Medical and sanitary report on the native army of Bombay for the year
Year: 1878
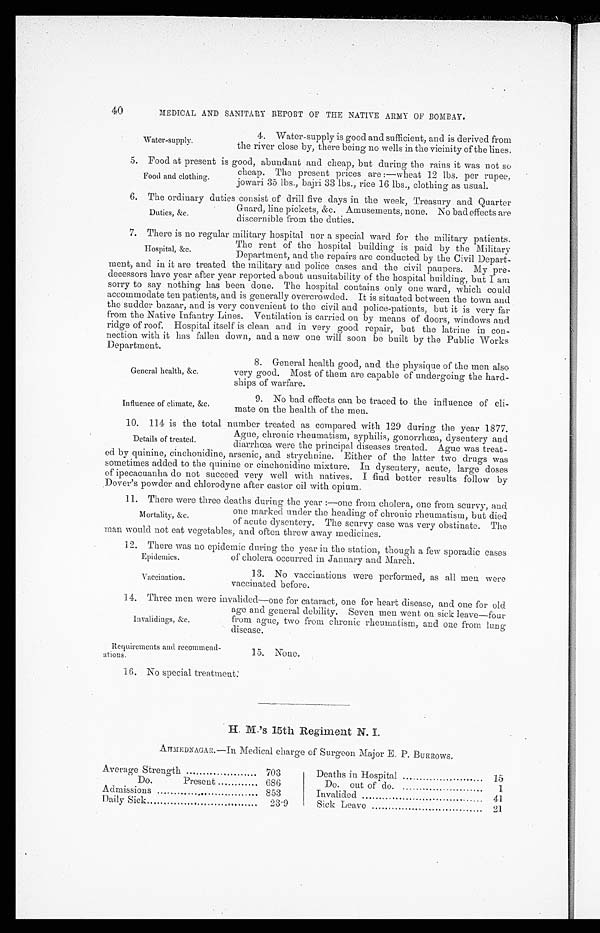
Epidemics.
Vaccination.
40
MEDICAL AND SANITARY REPORT OF THE NATIVE ARMY OF BOMBAY.
Water-supply.
4. Water-supply is good and sufficient, and is derived from
the river close by, there being no wells in the vicinity of the lines.
Food at -present is good, abundant and cheap, but during the rains it was not so
Food and clothing.
cheap. The present prices are:—wheat 12 lbs. per rupee,
iowari 35 lbs., bairi 33 lbs., rice 16 lbs., clothing as usual.
6. the ordinary duties consist of drill five days in the week, Treasury and Quarter
Duties, &c.
Guard, line pickets, &c. Amusements, none. No bad effects are
discernible from the duties.
7. There is no regular military hospital nor a special ward for the military patients.
The rent of the hospital building is paid by the Military
Department, and the repairs are conducted by the Civil Depart-
ment, and in it are treated the military and police cases and the civil paupers. My pre--
decessors have year after year reported about unsuitability of the hospital building, but I am
sorry to say nothing has been done. The hospital contains only one ward, Which could
accommodate ten patients, and is generally overcrowded. It is situated between the town and
the sudder bazaar, and is very convenient to the civil and police-patients, but it is very far
from the Native Infantry Lines. Ventilation is carried on by means of doors, windows and
ridge of roof. Hospital itself is clean and in very good repair, but the latrine in con-
nection with it has fallen down, and a new one will soon be built by the Public Works
Department.
Hospital, &c.
General health, &c.
Influence of climate, &c,
8. General health good, and the physique of the men also
very good. Most of them are capable of undergoing the hard-
ships of warfare.
9. No bad effects can be traced to the influence of cli-
mate on the health of the men.
10. 114 is the total number treated as compared with 129 during the year 1877.
Details of treated.
Ague, chronic rheumatism, syphilis, gonorrhœa, dysentery and
diarrhœa were the principal diseases treated. Ague was treat-
ed by quinine, cinchonidine, arsenic, and strychnine. Either of the latter two drugs was
sometimes added to the quinine or cinchonidine mixture. In dysentery, acute, large doses
of ipecacuanha do not succeed very well with natives. I find better results follow by
Dover’s powder and chlorodyne after castor oil with opium.
11. There were three deaths during the year:—one from cholera, one from scurvy, and
Mortality, &c.
one marked under the heading of chronic rheumatism, but died
of acute dysentery. The scurvy case was very obstinate. The
man would not eat vegetables, and often threw away medicines.
12. There was no epidemic during the year in the station, though a few sporadic cases
of cholera occurred in January and March.
13. No vaccinations were performed, as all men were
vaccinated before.
14. Three men were invalided—one for cataract, one for heart disease, and one for old
age and general debility. Seven men went on sick leave—four
from ague, two from chronic rheumatism, and one from lung
disease.
Invalidings, &c.
Requirements and recommend-
ations.
15. None.
16. No special treatment.
H. M.'s 15th Regiment N.
AHMEDNAGAR.— Medical charge of Surgeon Major E. P. BURRows.
Average Strength
703
Deaths in Hospital
15
Do.
Present
686
Do. out of do. 1
Admissions
,. ,
853
Invalided
41
Daily Sick
23.9
Sick Leave
21